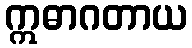
ဣဓာဂတာယ